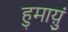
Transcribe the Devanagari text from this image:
हुमाय़ुं